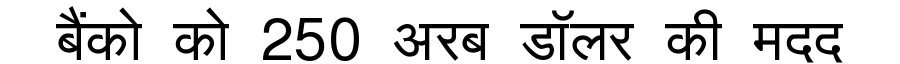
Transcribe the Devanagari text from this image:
बैंको को 250 अरब डॉलर की मदद